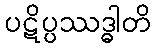
ပဋိပ္ပဿဒ္ဓါတိ